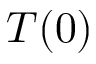
T ( 0 )